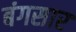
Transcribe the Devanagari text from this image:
बंगसार